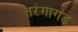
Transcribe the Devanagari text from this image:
तरंगागड